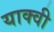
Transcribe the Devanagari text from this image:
याक्वी